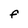
Character: f